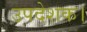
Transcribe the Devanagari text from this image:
उपदेशक।